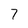
Character: 7